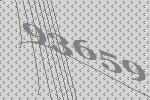
93659